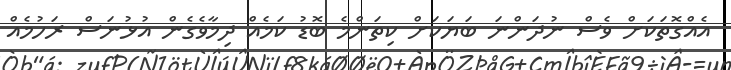
އެއްގޮތަކަށް ވެސް ނުދަންނަ ބަޔަކަށް ކިތަންމެ ބޮޑު ކަމެއް ދިމާވެގެން އުޅުނަސް ރަހުމެއް